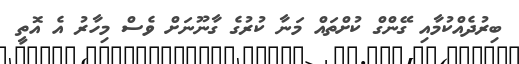
ބިރުދެއްކުމާއި ގޭންގް ކުށްތައް މަނާ ކުރުގެ ގާނޫނަށް ވެސް މިހާރު އެ އޮތީ